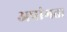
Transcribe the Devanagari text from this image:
अपांगता